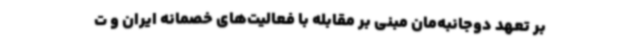
بر تعهد دوجانبه‌مان مبنی بر مقابله با فعالیت‌های خصمانه ایران و ت